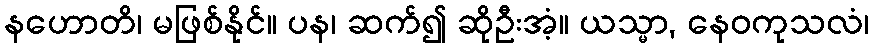
နဟောတိ၊ မဖြစ်နိုင်။ ပန၊ ဆက်၍ ဆိုဦးအံ့။ ယသ္မာ, နေဝကုသလံ၊